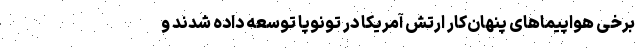
برخی هواپیماهای پنهان‌کار ارتش آمریکا در تونوپا توسعه داده شدند و